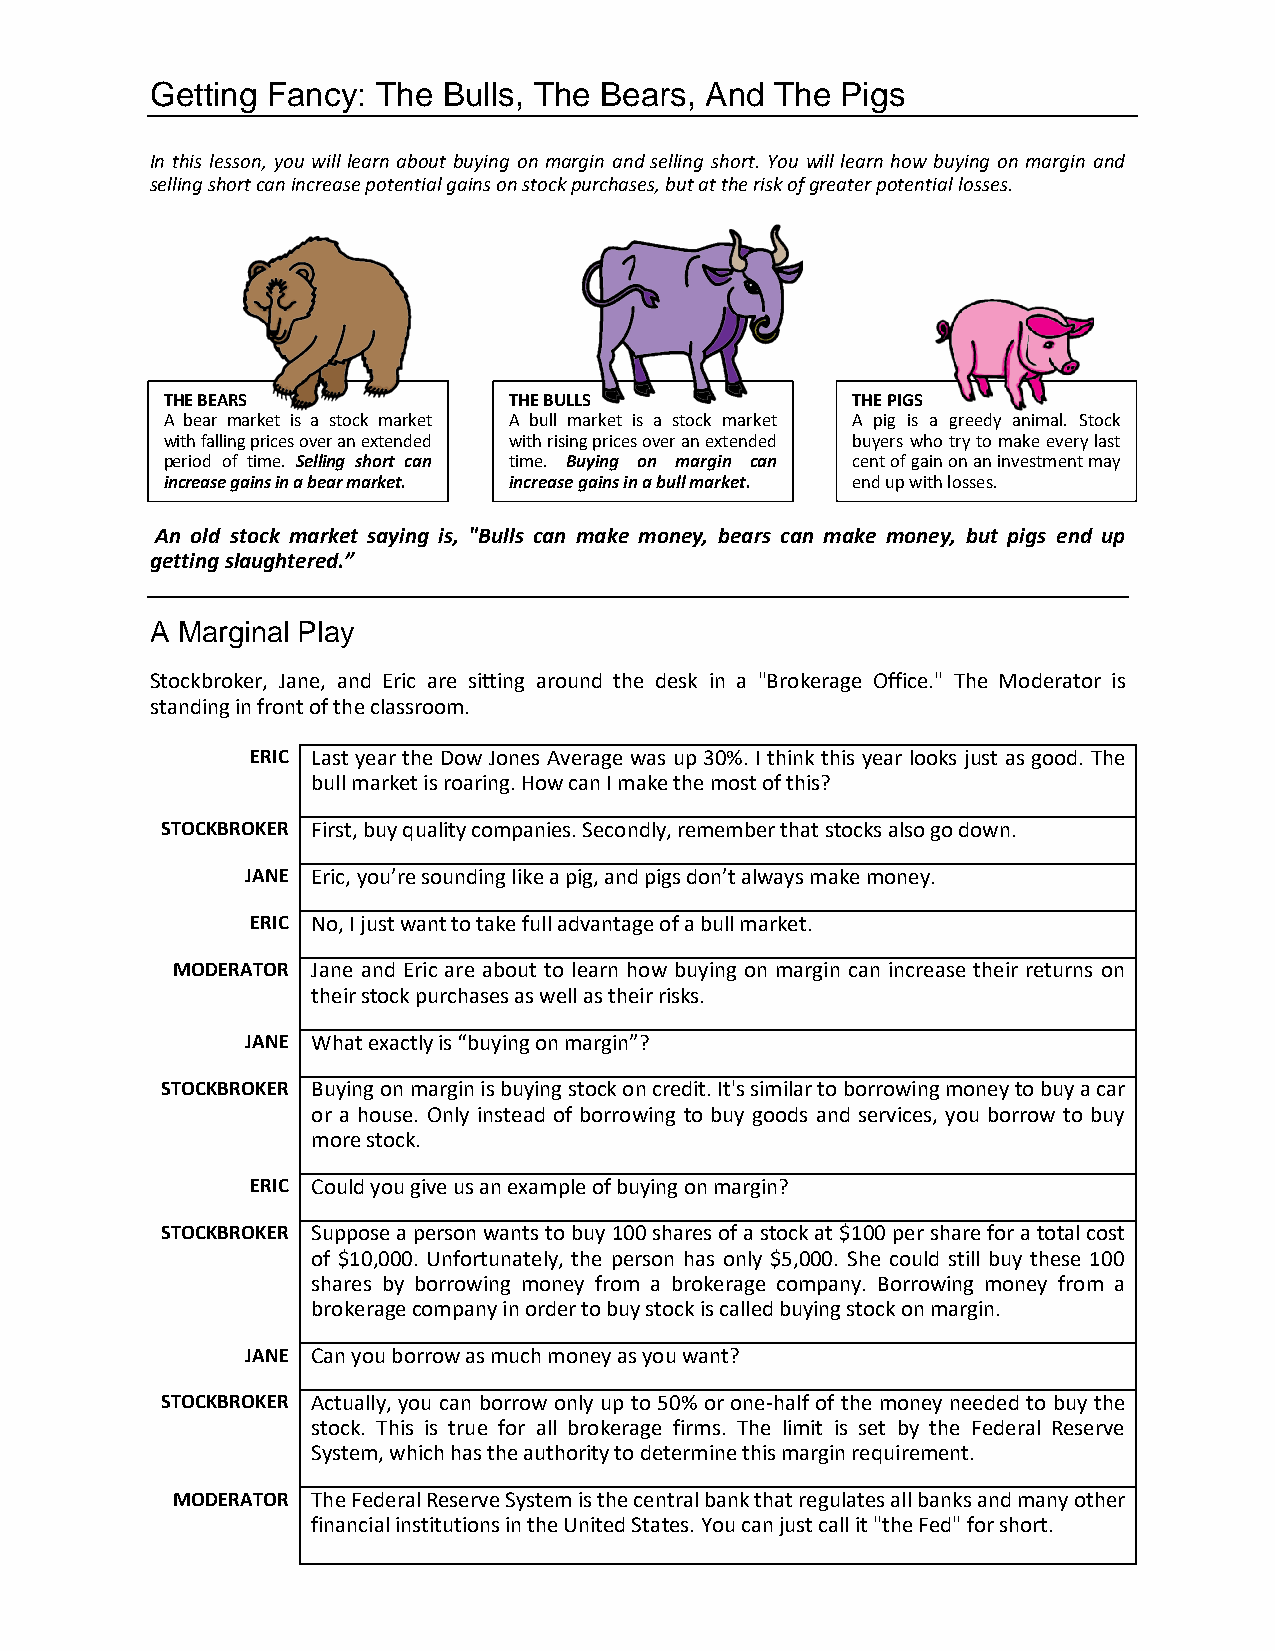
Getting Fancy: The Bulls, The Bears, And The  Pigs
 In this lesson, you will learn about buying on margin and selling short. You will learn how buying on margin and
 selling short can increase potential gains on stock purchases, but at the risk of greater potential losses.
 THE BEARS              THE BULLS             THE PIGS
 A bear market is a stock market A bull market is a stock market A pig is a greedy animal. Stock
 with falling prices over an extended with rising prices over an extended buyers who try to make every last
 period of time. Selling short can time. Buying on margin can cent of gain on an investment may
 increase gains in a bear market. increase gains in a bull market. end up with losses.
 An old stock market saying is, "Bulls can make money, bears can make money, but pigs end up
 getting slaughtered.”
 A Marginal Play
 Stockbroker, Jane, and Eric are sitting around the desk in a "Brokerage Office." The Moderator is
 standing in front of the classroom.
 ERIC Last year the Dow Jones Average was up 30%. I think this year looks just as good. The
 bull market is roaring. How can I make the most of this?
 STOCKBROKER First, buy quality companies. Secondly, remember that stocks also go down.
 JANE Eric, you’re sounding like a pig, and pigs don’t always make money.
 ERIC No, I just want to take full advantage of a bull market.
 MODERATOR Jane and Eric are about to learn how buying on margin can increase their returns on
 their stock purchases as well as their risks.
 JANE What exactly is “buying on margin”?
 STOCKBROKER Buying on margin is buying stock on credit. It's similar to borrowing money to buy a car
 or a house. Only instead of borrowing to buy goods and services, you borrow to buy
 more stock.
 ERIC Could you give us an example of buying on margin?
 STOCKBROKER Suppose a person wants to buy 100 shares of a stock at $100 per share for a total cost
 of $10,000. Unfortunately, the person has only $5,000. She could still buy these 100
 shares by borrowing money from a brokerage company. Borrowing money from a
 brokerage company in order to buy stock is called buying stock on margin.
 JANE Can you borrow as much money as you want?
 STOCKBROKER Actually, you can borrow only up to 50% or one-half of the money needed to buy the
 stock. This is true for all brokerage firms. The limit is set by the Federal Reserve
 System, which has the authority to determine this margin requirement.
 MODERATOR The Federal Reserve System is the central bank that regulates all banks and many other
 financial institutions in the United States. You can just call it "the Fed" for short.